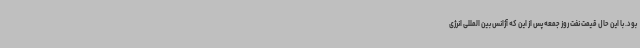
بود. با این حال قیمت نفت روز جمعه پس از این که آژانس بین المللی انرژی